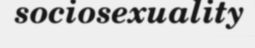
sociosexuality